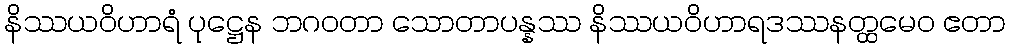
နိဿယဝိဟာရံ ပုဋ္ဌေန ဘဂဝတာ သောတာပန္နဿ နိဿယဝိဟာရဒဿနတ္ထမေဝ ဧတာ